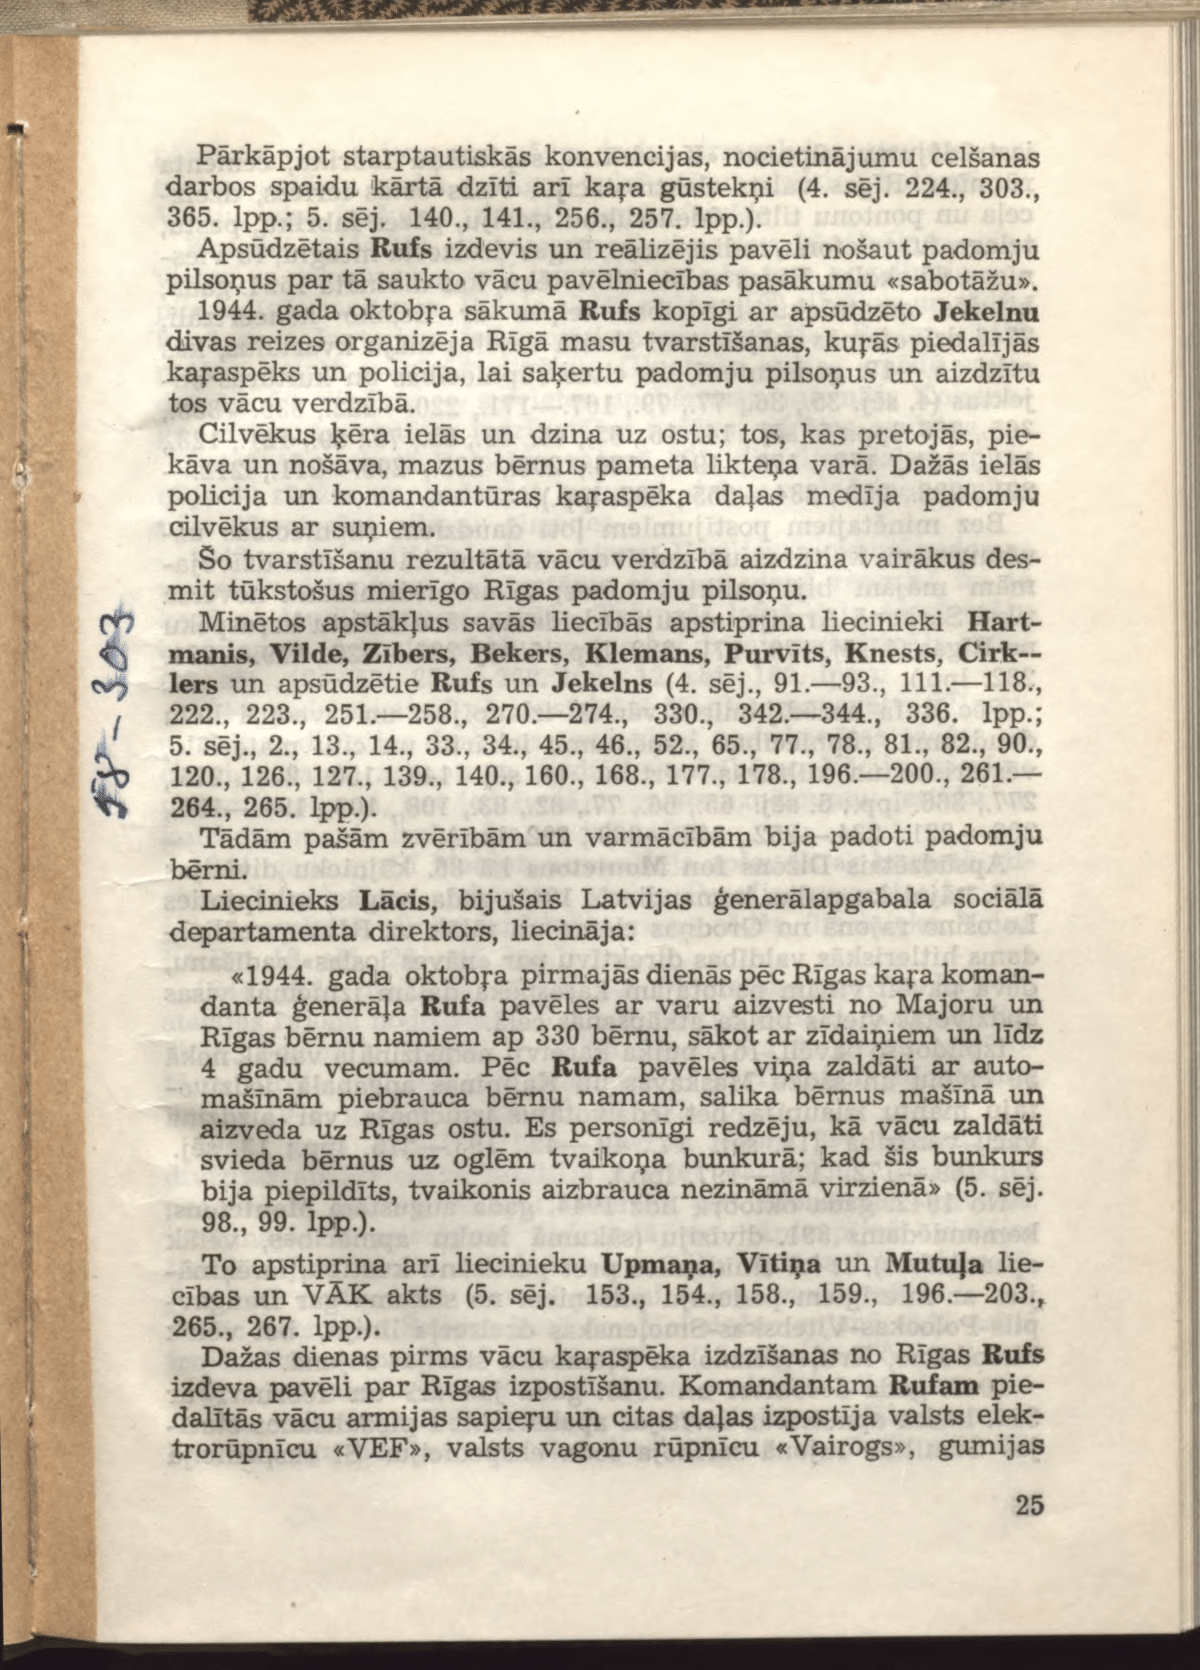
Language: lv